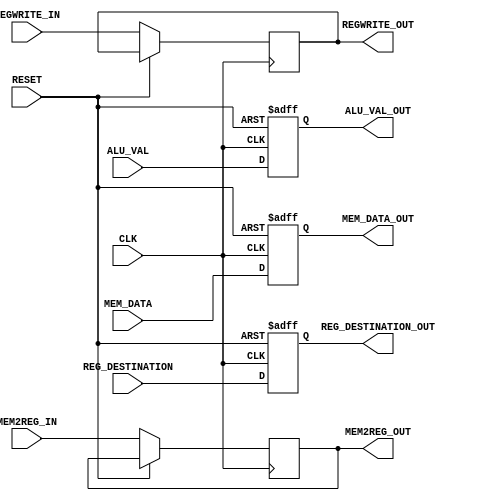
`timescale 1ns / 1ps

    /*
    Luke Zambella
    ELC463 Computer Engineering II
    Pipeline for MEM/WB stage
    */ 

module MEM_PIPE(
    input CLK,
    input RESET,
    // ALU res gets passed and the mem data out gets passed as well
    input [63:0] MEM_DATA, ALU_VAL, 
    input [4:0] REG_DESTINATION,

    input REGWRITE_IN,
    input MEM2REG_IN,
    
    output reg [63:0] MEM_DATA_OUT, ALU_VAL_OUT,
    output reg [4:0] REG_DESTINATION_OUT,

    output reg REGWRITE_OUT,
    output reg MEM2REG_OUT
     
);

always @( posedge CLK or posedge RESET) begin
    if(RESET) begin
            MEM_DATA_OUT        <= 0;
            ALU_VAL_OUT         <= 0;
            REG_DESTINATION_OUT <= 0;
    end
    else begin
            MEM_DATA_OUT        <= MEM_DATA;
            ALU_VAL_OUT         <= ALU_VAL;
            REG_DESTINATION_OUT <= REG_DESTINATION;
            REGWRITE_OUT <= REGWRITE_IN;
            MEM2REG_OUT <= MEM2REG_IN;         
    end
    
end

endmodule